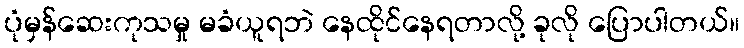
ပုံမှန်ဆေးကုသမှု မခံယူရဘဲ နေထိုင်နေရတာလို့ ခုလို ပြောပါတယ်။